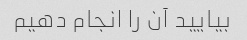
بیایید آن را انجام دهیم